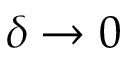
\delta \to 0